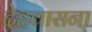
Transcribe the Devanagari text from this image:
देहवासना